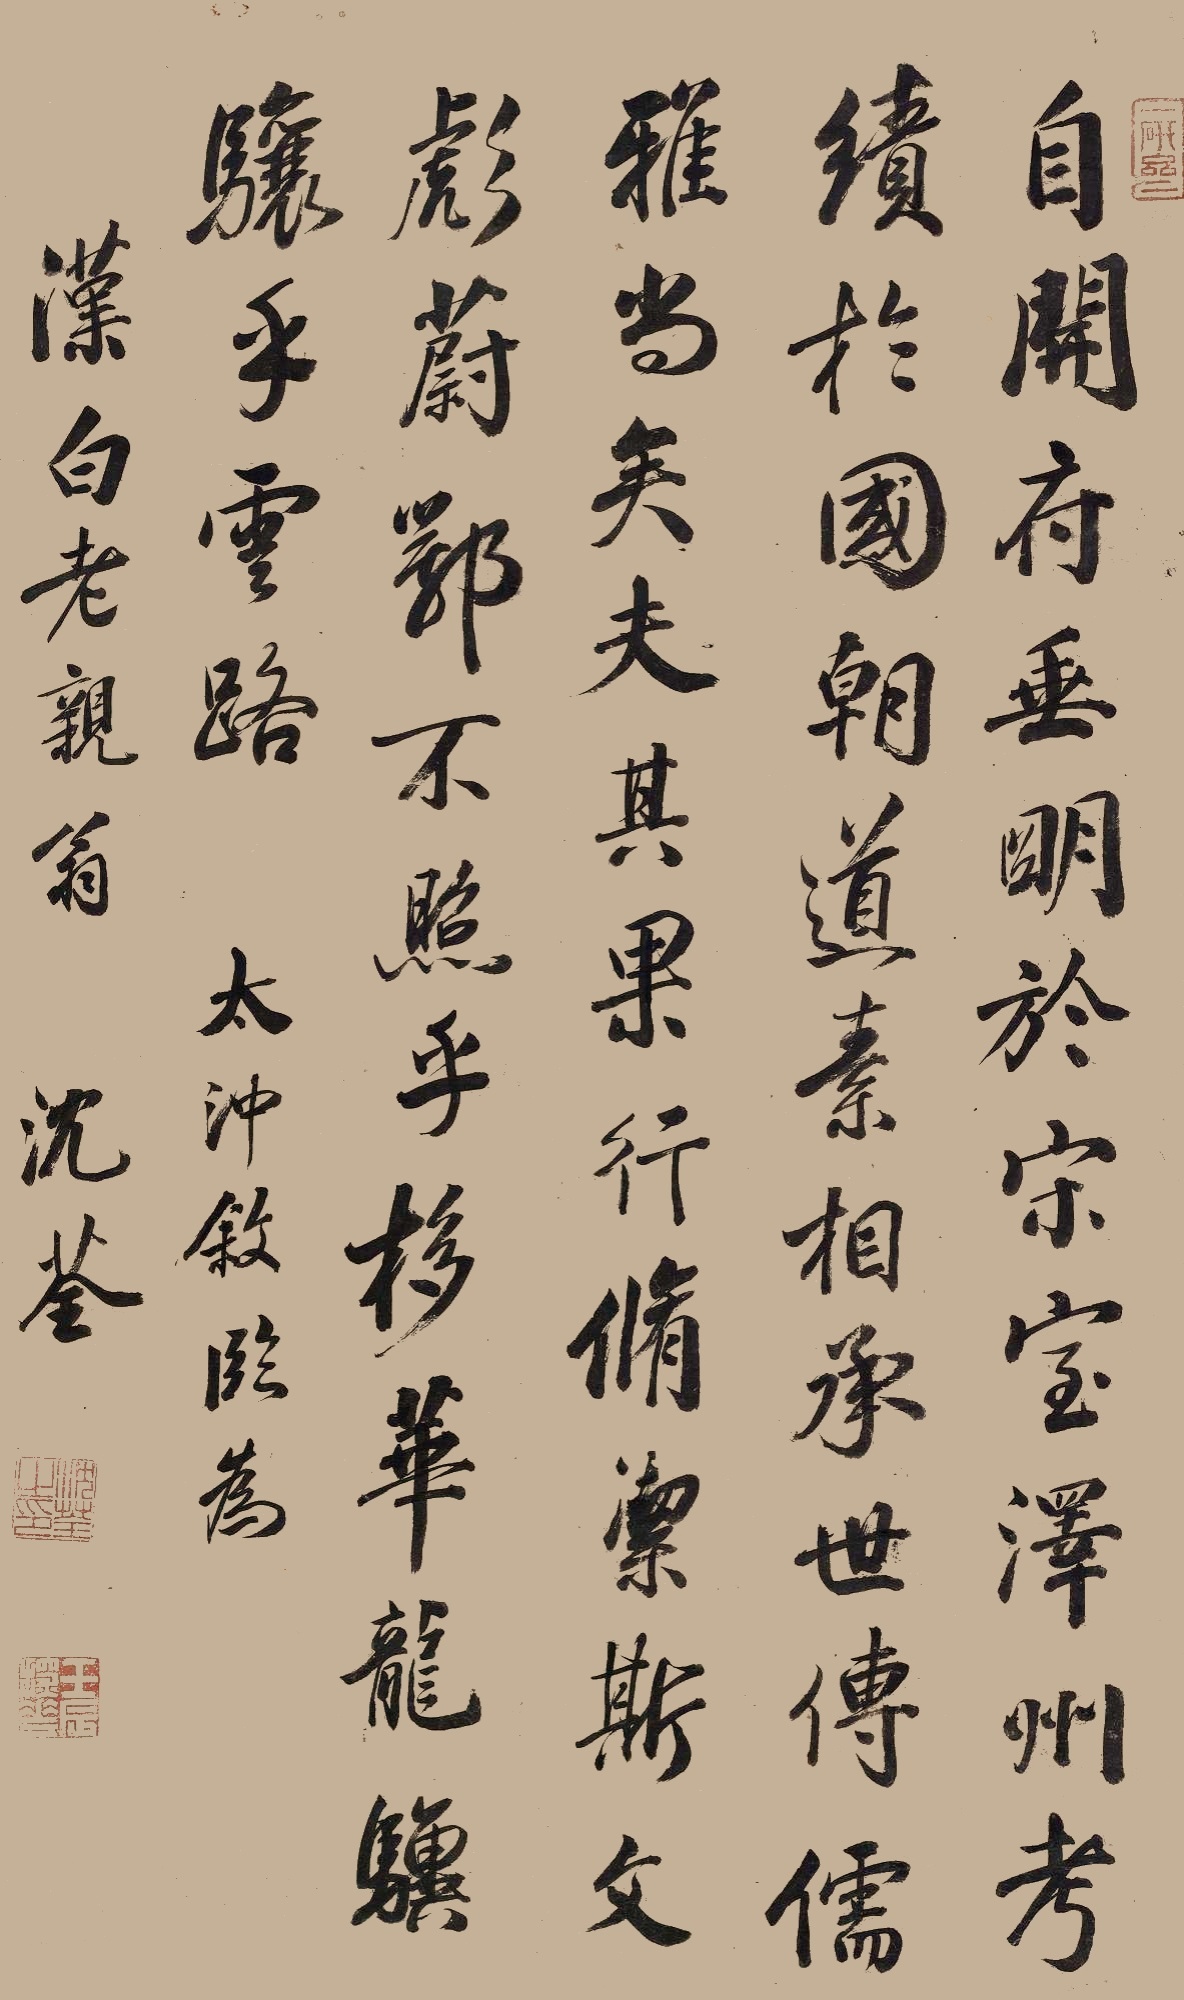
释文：自开府垂明于宋室，泽州考绩于国朝，道素相承，世传儒雅，尚矣！夫其果行修洁，斯文彪蔚，鄂不照乎栘华，龙骥骧乎云路。太冲叙，临为汉白老亲翁。沈荃。